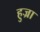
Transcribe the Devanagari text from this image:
हुज्रा